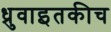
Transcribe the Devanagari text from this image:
ध्रुवाइतकीच